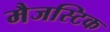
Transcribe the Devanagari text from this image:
मैजस्टिक